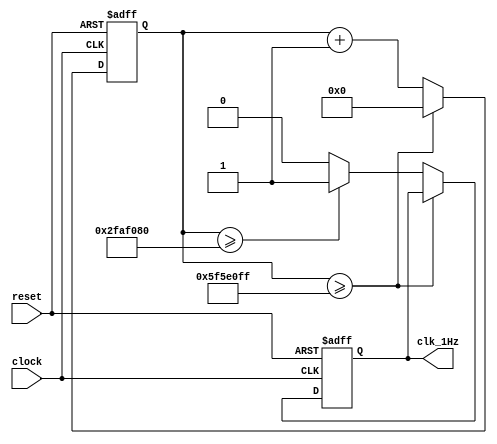
module Freq_gen(
    input clock,
    input reset,
    output clk_1Hz
    );
    reg [26:0] counter = 27'd0;
    reg mhz = 1'b0;
    always@(posedge clock, negedge reset)
    if(reset == 0)
        begin
            mhz <= 1'b0;
            counter <= 27'd0;
        end
    else
        begin
            counter <= counter + 1'b1;
            if(counter >= 27'd99999999)
	           counter <= 27'd0;
            else if(counter >= 27'd50000000)
                mhz <= 1'b1;
            else
                mhz <= 1'b0;
        end 
    assign clk_1Hz =  mhz;
endmodule
module sSeg(
    input [2:0] A,
    output reg [7:0] seg,
    output reg [3:0] an
    );
   always@(A)
    case(A)
        3'b000: begin seg = 8'hC0; an = 4'hE; end
        3'b001: begin seg = 8'hF9; an = 4'hD; end
        3'b010: begin seg = 8'hA4; an = 4'hB; end
        3'b011: begin seg = 8'hB0; an = 4'h7; end
        3'b100: begin seg = 8'h99; an = 4'hE; end
        3'b101: begin seg = 8'h92; an = 4'hD; end
        3'b110: begin seg = 8'h82; an = 4'hB; end
        3'b111: begin seg = 8'hD8; an = 4'h7; end
    endcase          
endmodule